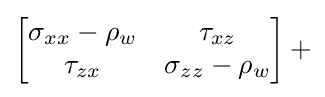
\left[{\begin{matrix}\sigma _{xx}-\rho _{w}&\tau _{xz}\\\tau _{zx}&\sigma _{zz}-\rho _{w}\\\end{matrix}}\right]+